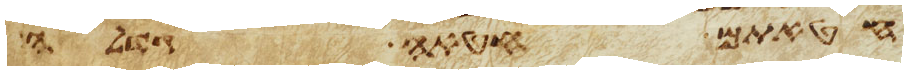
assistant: חטאתם חטאה גדלה